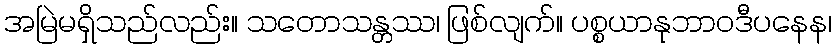
အမြဲမရှိသည်လည်း။ သတောသန္တဿ၊ ဖြစ်လျက်။ ပစ္စယာနုဘာဝဒီပနေန၊